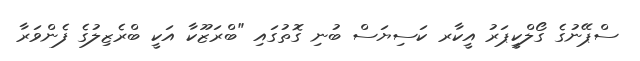
ސްޕޭނުގެ ގޯލްކީޕަރު އީކާރ ކަސިޔަސް ބުނި ގޮތުގައި "ބްރަޒޫކާ އަކީ ބްރެޒިލުގެ ފެންވަރާ